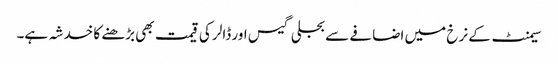
سیمنٹ کے نرخ میں اضافے سے بجلی گیس اور ڈالر کی قیمت بھی بڑھنے کا خدشہ ہے۔